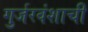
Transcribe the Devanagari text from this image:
गुर्जरवंशाची